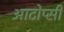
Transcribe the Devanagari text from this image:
आटोप्सी